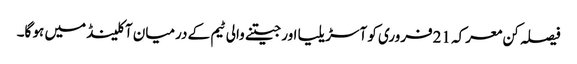
فیصلہ کن معرکہ 21فروری کو آسڑیلیا اور جیتنے والی ٹیم کے درمیان آکلینڈ میں ہو گا۔